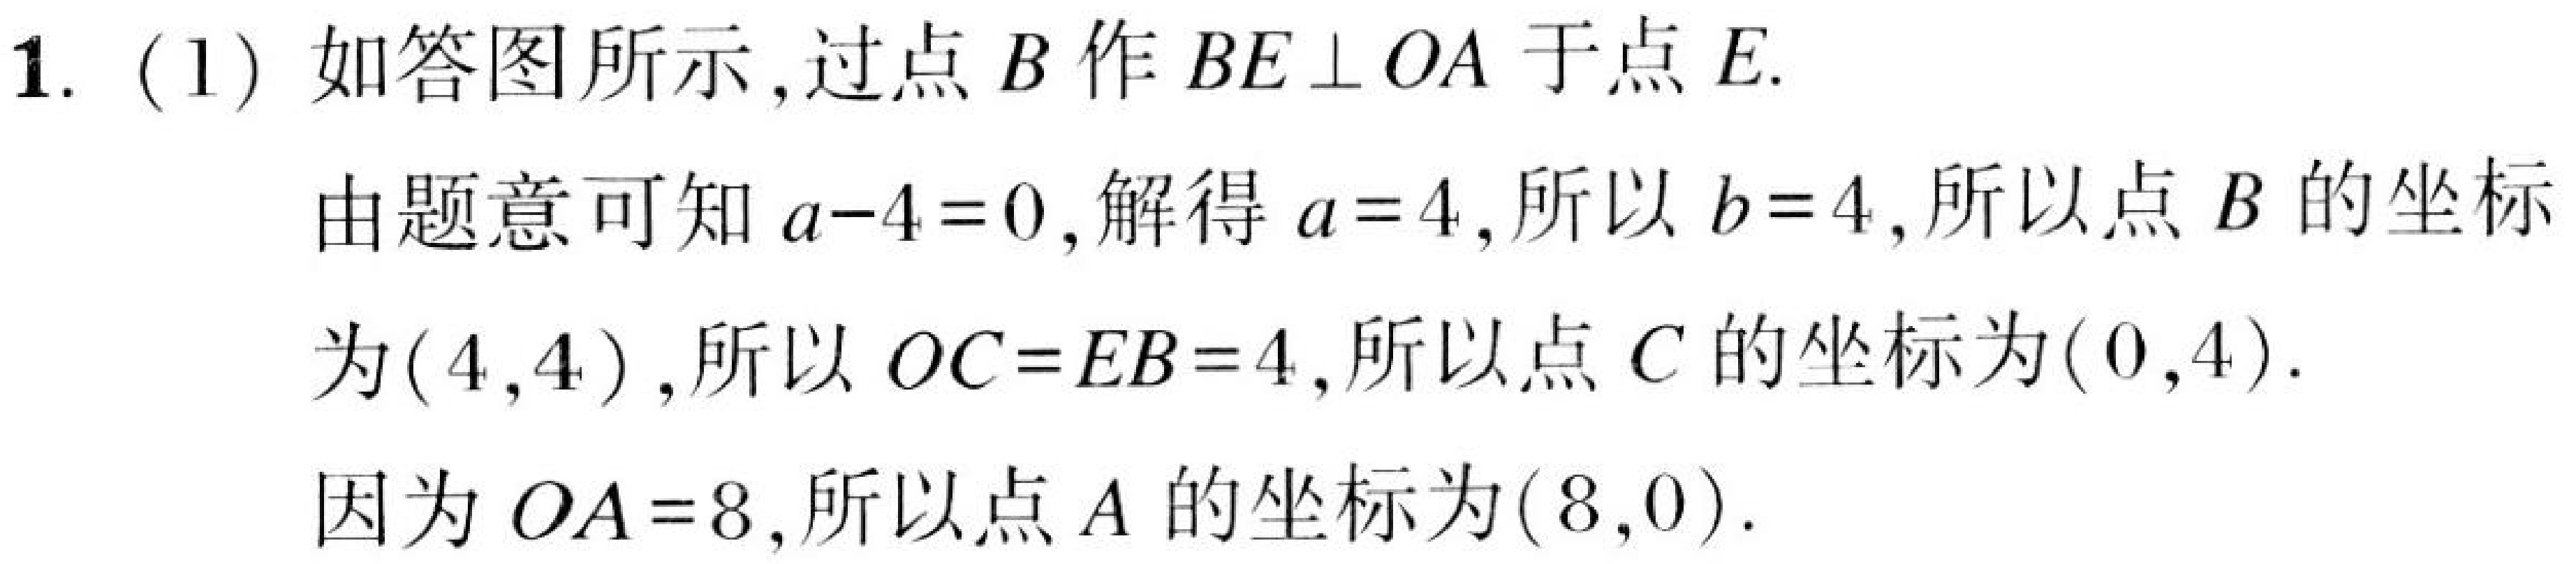
1. (1) 如答图所示,过点 \(B\) 作 \(BE\perp OA\) 于点 \(E\).
由题意可知 \(a - 4 = 0\),解得 \(a = 4\),所以 \(b = 4\),所以点 \(B\) 的坐标为\((4,4)\),所以 \(OC = EB = 4\),所以点 \(C\) 的坐标为\((0,4)\).
因为 \(OA = 8\),所以点 \(A\) 的坐标为\((8,0)\).